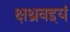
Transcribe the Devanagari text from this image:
क्षथ्रवइयं